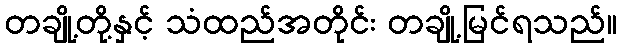
တချို့တို့နှင့် သံထည်အတိုင်း တချို့မြင်ရသည်။